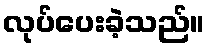
လုပ်ပေးခဲ့သည်။